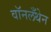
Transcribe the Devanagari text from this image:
वॉनलँथेन